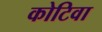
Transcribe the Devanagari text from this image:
कोटिवा